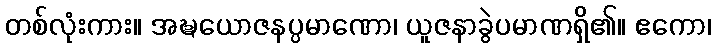
တစ်လုံးကား။ အဍ္ဎယောဇနပ္ပမာဏော၊ ယူဇနာခွဲပမာဏရှိ၏။ ဧကော၊